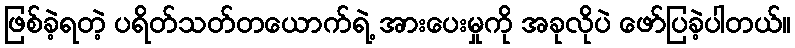
ဖြစ်ခဲ့ရတဲ့ ပရိတ်သတ်တယောက်ရဲ့ အားပေးမှုကို အခုလိုပဲ ဖော်ပြခဲ့ပါတယ်။